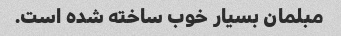
مبلمان بسیار خوب ساخته شده است.